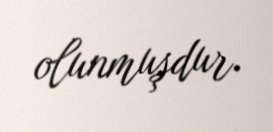
olunmuşdur.